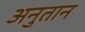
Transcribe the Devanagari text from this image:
अनुतान